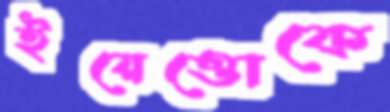
ইয়েত্তোকে